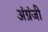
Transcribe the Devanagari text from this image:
अंग्रंजी